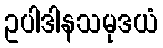
ဥပါဒါနသမုဒယံ